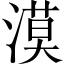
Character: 漠